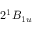
2 ^ { 1 } B _ { 1 u }